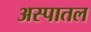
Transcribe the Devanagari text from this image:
अस्पातल